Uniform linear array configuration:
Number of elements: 4
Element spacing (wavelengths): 0.25
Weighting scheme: kaiser
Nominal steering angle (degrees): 15
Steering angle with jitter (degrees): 15.449
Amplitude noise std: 0.05
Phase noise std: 0.05

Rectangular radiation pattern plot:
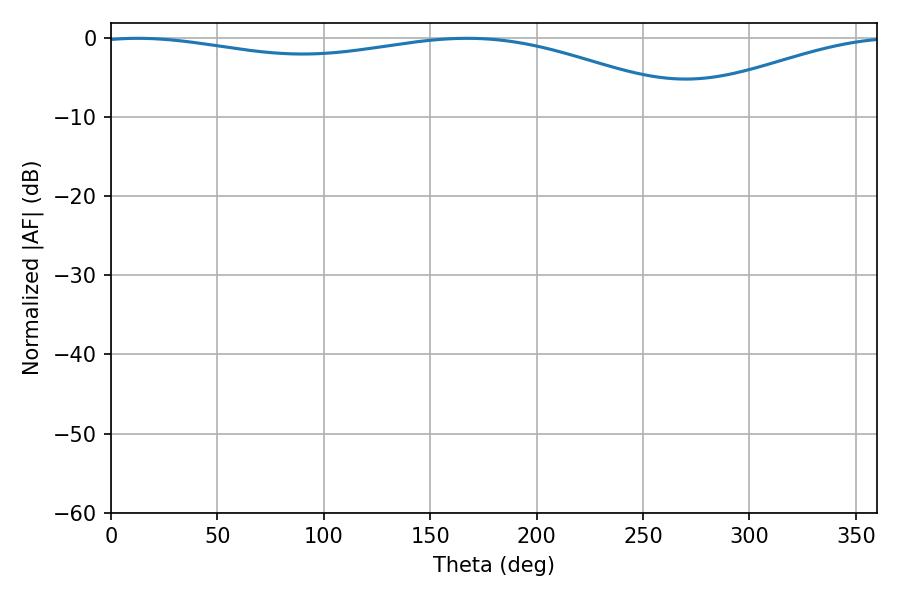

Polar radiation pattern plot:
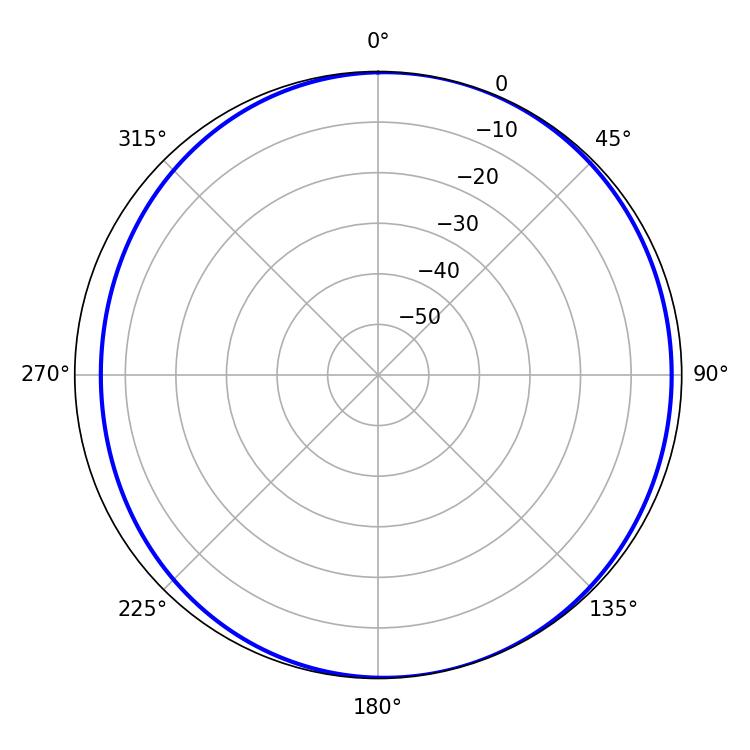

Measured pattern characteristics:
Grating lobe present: FALSE
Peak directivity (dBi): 5.174
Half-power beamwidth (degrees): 227.7
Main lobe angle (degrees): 167.4